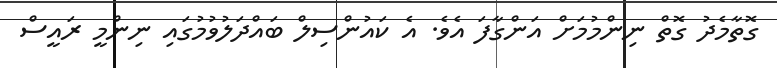
ގޮތާމެދު ގޮތް ނިންމުމަށް އަންގާފަ އެވެ. އެ ކައުންސިލް ބައްދަލުވުމުގައި ނިންމީ ރައީސް